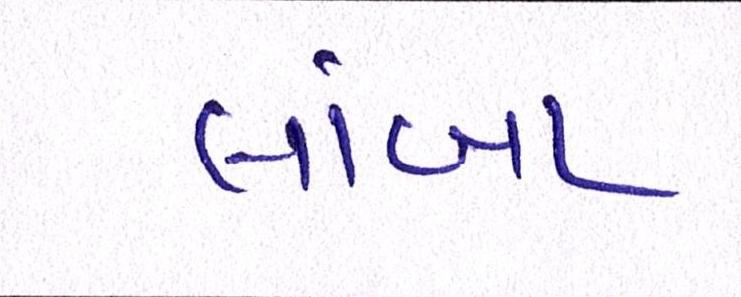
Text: લાંબા